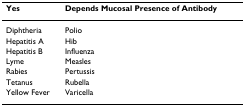
<table><thead><tr><td><b>Yes</b></td><td><b>Depends Mucosal Presence of Antibody</b></td></tr></thead><tbody><tr><td>Diphtheria</td><td>Polio</td></tr><tr><td>Hepatitis A</td><td>Hib</td></tr><tr><td>Hepatitis B</td><td>Influenza</td></tr><tr><td>Lyme</td><td>Measles</td></tr><tr><td>Rabies</td><td>Pertussis</td></tr><tr><td>Tetanus</td><td>Rubella</td></tr><tr><td>Yellow Fever</td><td>Varicella</td></tr></tbody></table>